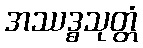
အဿဒ္ဓသုတ္တံ